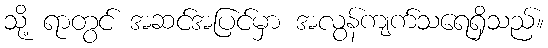
သို့ ရာတွင် အဆင်အပြင်မှာ အလွန်ကျက်သရေရှိသည်။